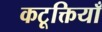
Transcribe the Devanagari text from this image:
कटूक्तियाँ